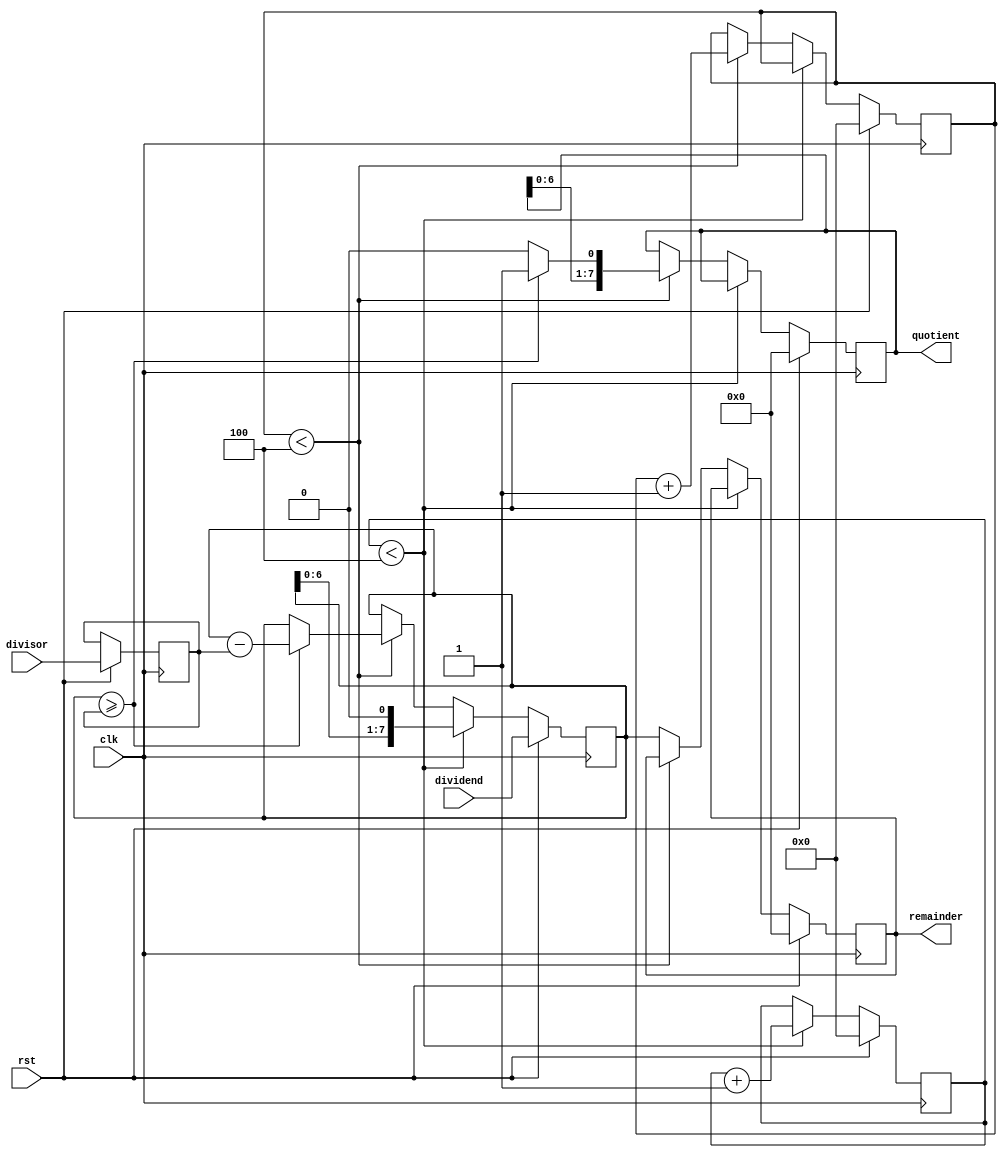
module BinaryDivider(
    input [7:0] dividend,
    input [7:0] divisor,
    output reg [7:0] quotient,
    output reg [7:0] remainder,
    input clk,
    input rst
);

reg [7:0] dividend_reg;
reg [7:0] divisor_reg;
reg [3:0] shift_count;
reg [3:0] subtract_count;

always @(posedge clk) begin
    if(rst) begin
        dividend_reg <= dividend;
        divisor_reg <= divisor;
        quotient <= 8'b0;
        remainder <= 8'b0;
        shift_count <= 4'd0;
        subtract_count <= 4'd0;
    end else begin
        if(shift_count < 4) begin
            dividend_reg <= {dividend_reg[6:0], 1'b0}; // Shift left by 1
            shift_count <= shift_count + 1;
        end else if(subtract_count < 4) begin
            if(dividend_reg >= divisor_reg) begin
                dividend_reg <= dividend_reg - divisor_reg;
                quotient <= {quotient[6:0], 1'b1}; // Shift left by 1 and set LSB to 1
            end else begin
                quotient <= {quotient[6:0], 1'b0}; // Shift left by 1
            end
            subtract_count <= subtract_count + 1;
        end else begin
            remainder <= dividend_reg;
        end
    end
end

endmodule